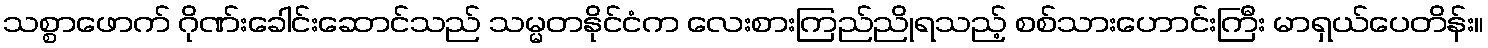
သစ္စာဖောက် ဂိုဏ်းခေါင်းဆောင်သည် သမ္မတနိုင်ငံက လေးစားကြည်ညိုရသည့် စစ်သားဟောင်းကြီး မာရှယ်ပေတိန်း။